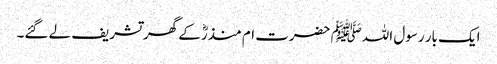
ایک بار رسول اللہﷺ حضرت ام منذرؓ کے گھر تشریف لے گئے۔